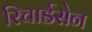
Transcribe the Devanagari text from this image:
रिचार्डसेन